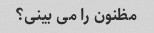
مظنون را می بینی؟